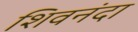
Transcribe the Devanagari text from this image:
शिवनंदा